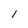
Character: 1